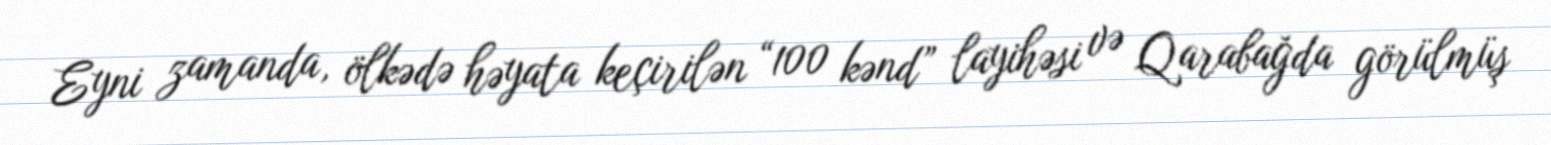
Eyni zamanda, ölkədə həyata keçirilən “100 kənd” layihəsi və Qarabağda görülmüş